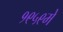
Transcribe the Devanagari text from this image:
१९५९मे